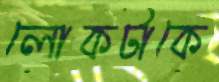
লোকটাকে